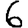
Digit: 6